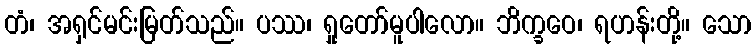
တံ၊ အရှင်မင်းမြတ်သည်။ ပဿ၊ ရှုတော်မူပါလော။ ဘိက္ခဝေ၊ ရဟန်းတို့။ သော